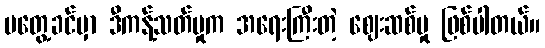
မတွေ့ခင်မှာ ဒီကန့်သတ်မှုက အရေးကြီးတဲ့ ဈေးဆစ်မှု ဖြစ်ပါတယ်။